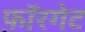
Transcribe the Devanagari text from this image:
फ़ॉरगेट